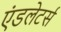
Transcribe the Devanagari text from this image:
एंडलेटर्स